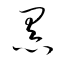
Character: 黑